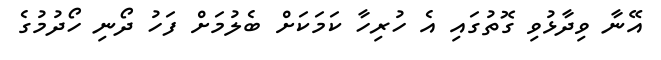
އޭނާ ވިދާޅުވި ގޮތުގައި އެ ހުރިހާ ކަމަކަށް ބެލުމަށް ފަހު ދޯނި ހޯދުމުގެ